system: You are a helpful assistant.
user:
Analyze the provided spectrum to determine if it is a **M-type Giant (gM)**.

A M-type Giant spectrum is defined by its **strong molecular absorption** features, particularly from **Titanium Oxide (TiO)**. You must check for one of the following mutually exclusive signatures:

- **Key Visual Indicators (Absorption-Dominated Spectrum):**

    - **(Primary):** The spectrum is dominated by strong molecular absorption from **Titanium Oxide (TiO)**. This is the **defining feature** of its M-type temperature class.
        - **(Key Bandheads):** Look for sharp, "saw-tooth" absorption valleys. The strongest are located near **~7050 Å**, **~6160 Å**, and **~5170 Å**.
        - **(Line Profile):** The "saw-tooth" morphology is critical: a **sharp, steep drop on the BLUE (short-wavelength) side** of the bandhead, followed by a gradual recovery (rising flux) towards the RED (long-wavelength) side.

    - **(Key Confirmation - Giant vs. Dwarf):** **ABSENCE** of strong **Calcium Hydride (CaH)** molecular bands. This is the primary diagnostic for *excluding* M-dwarfs.
        - **(Key Region):** The spectrum should lack the strong, broad absorption band seen in dwarfs between **~6800 Å and ~7000 Å**.

    - **(Secondary Confirmation - Giant):** A very strong and broad **Neutral Calcium (Ca I)** atomic absorption line.
        - **(Key Line):** Located at **~4226 Å**. In a giant (gM), this line is significantly deeper and broader than the same line in an M-dwarf (dM) due to low surface gravity.

    - **(Overall Spectrum):**
        - The continuum is **extremely red-sloping** (i.e., flux is very low in the blue and rises dramatically towards the red).
        - The entire spectrum appears "chopped up" by the deep TiO bands.

Think first, call **spectral_visualization_tool** if needed to examine features in detail, then provide your final answer. Your response must adhere to the following strict rules:
1.  **Overall Structure:** Your response must follow the format `<think>...</think> <tool_call>...</tool_call> (if a tool is used) <answer>...</answer>`.
2.  **Tool Usage Constraint:** You may only make **one** tool call per turn.
3.  **Final Answer Format:** In the `<answer>` tag, your conclusion must be inside a `\boxed{}` command (e.g., `\boxed{YES}` or `\boxed{NO}`), followed by your justification.

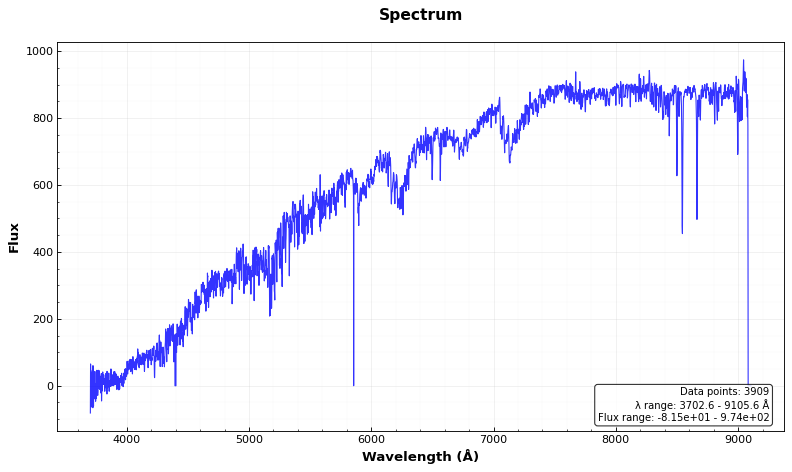
Answer: YES